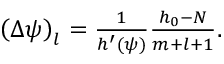
\begin{array} { r } { \left( \Delta \psi \right) _ { l } = \frac { 1 } { h ^ { \prime } ( \psi ) } \frac { h _ { 0 } - N } { m + l + 1 } . } \end{array}